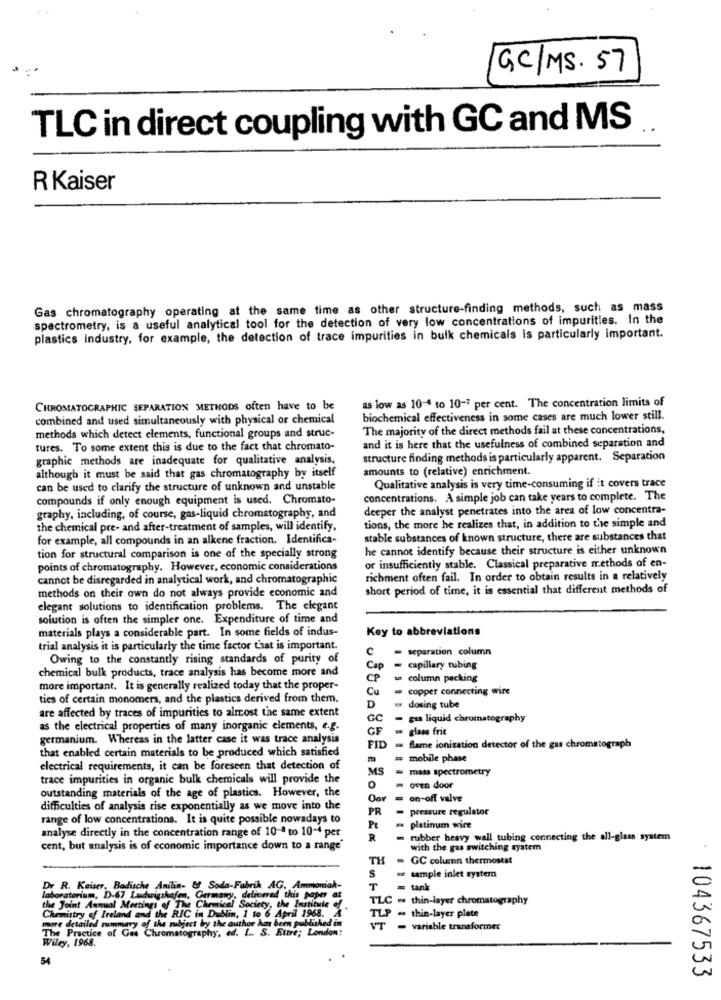
GC/MS. 57
TLC in direct coupling with GC and MS
R Kaiser
Gas chromatography operating at the same time as other structure-finding methods, such as mass
spectrometry, is a useful analytical tool for the detection of very low concentrations of impurities. in the
plastics industry, for example, the detection of trace impurities in bulk chemicals is particularly important.
as low as 10-4 to 10-7 per cent. The concentration limits of
CHROMATOGRAPHIC SEPARATION METHODS often have to be
combined and used simultaneously with physical or chemical
biochemical effectiveness in some cases are much lower still.
The majority of the direct methods fail at these concentrations,
methods which detect elements, functional groups and struc-
tures. To some extent this is due to the fact that chromato-
and it is here that the usefulness of combined separation and
graphic methods are inadequate for qualitative analysis,
structure finding methods is particularly apparent. Separation
amounts to (relative) enrichment.
although it must be said that gas chromatography by itself
can be used to clarify the structure of unknown and unstable
Qualitative analysis is very time-consuming if it covers trace
compounds if only enough equipment is used. Chromato-
concentrations. A simple job can take years to complete. The
deeper the analyst penetrates into the area of low concentra-
graphy, including, of course, gas-liquid chromatography, and
the chemical pre- and after-treatment of samples, will identify,
tions, the more he realizes that, in addition to the simple and
for example, all compounds in an alkene fraction. Identifica-
stable substances of known structure, there are substances that
he cannot identify because their structure is either unknown
tion for structural comparison is one of the specially strong
points of chromatography. However, economic considerations
or insufficiently stable. Classical preparative methods of en-
cannot be disregarded in analytical work, and chromatographic
richment often fail. In order to obtain results in a relatively
methods on their own do not always provide economic and
short period of time, it is essential that different methods of
elegant solutions to identification problems. The elegant
solution is often the simpler one. Expenditure of time and
materials plays a considerable part. In some fields of indus-
Key to abbreviations
trial analysis it is particularly the time factor that is important.
C
separation column
Owing to the constantly rising standards of purity of
chemical bulk products, trace analysis has become more and
Cap
-
capillary tubing
CP
column packing
more important. It is generally realized today that the proper-
Cu
copper connecting wire
ties of certain monomers, and the plastics derived from them.
D
fr dosing tube
are affected by traces of impurities to almost the same extent
GC
- gus liquid chromatography
as the electrical properties of many inorganic elements, e.g.
CF
- glass frie
germanium. Whereas in the latter case it was trace analysis
FID
that enabled certain materials to be produced which satisfied
flame ionization detector of the gas chromatograph
m
mobile phase
electrical requirements, it can be foreseen that detection of
MS
mass spectrometry
trace impurities in organic bulk chemicals will provide the
outstanding materials of the age of plastics. However, the
oven door
Oor
= on-off valve
difficulties of analysis rise exponentially as we move into the
PR
- pressure regulator
range of low concentrations. It is quite possible nowadays to
analyse directly in the concentration range of 10-ª to 10-4 per
Pt
platinum wice
R
m rubber heavy wall tubing connecting the all-glass system
cent, but analysis is of economic importance down to a range'
with the gas switching system
TH
GC column thermostat
S
sample inlet systern
Dr R. Kaiser, Badische Anilin- & Soda-Fabrik AG. Ammoniak-
T
= tank
the Joint Annual Meetings of The Chemical Society, the Institute of
laboratorium, D-67 Ludwigshafen, Germany, delivered this paper at
TLC - thin-layer chromatography
Chemistry of Ireland and the RIC in Dublin, 1 to 6 April 1968. A
more detailed summary of the subject by the author has been published in
TLP = thin-layer plate
The Practice of Gas Chromatography, ed. L. S. Ettre; London:
variable transformer
Wiley, 1968.
54
104367533